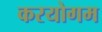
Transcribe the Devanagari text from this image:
करयोगम